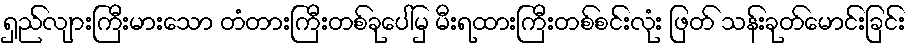
ရှည်လျားကြီးမားသော တံတားကြီးတစ်ခုပေါ်မှ မီးရထားကြီးတစ်စင်းလုံး ဖြတ် သန်းခုတ်မောင်းခြင်း